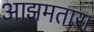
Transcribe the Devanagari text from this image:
आझमतारा